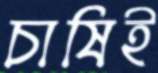
চাষিই